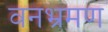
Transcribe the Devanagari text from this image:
वनभ्रमण